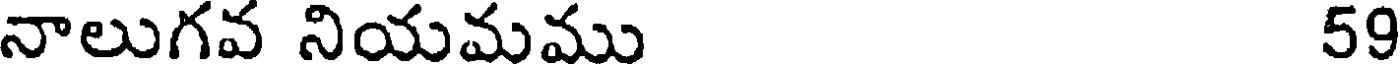
నాలుగవ నియమము 59